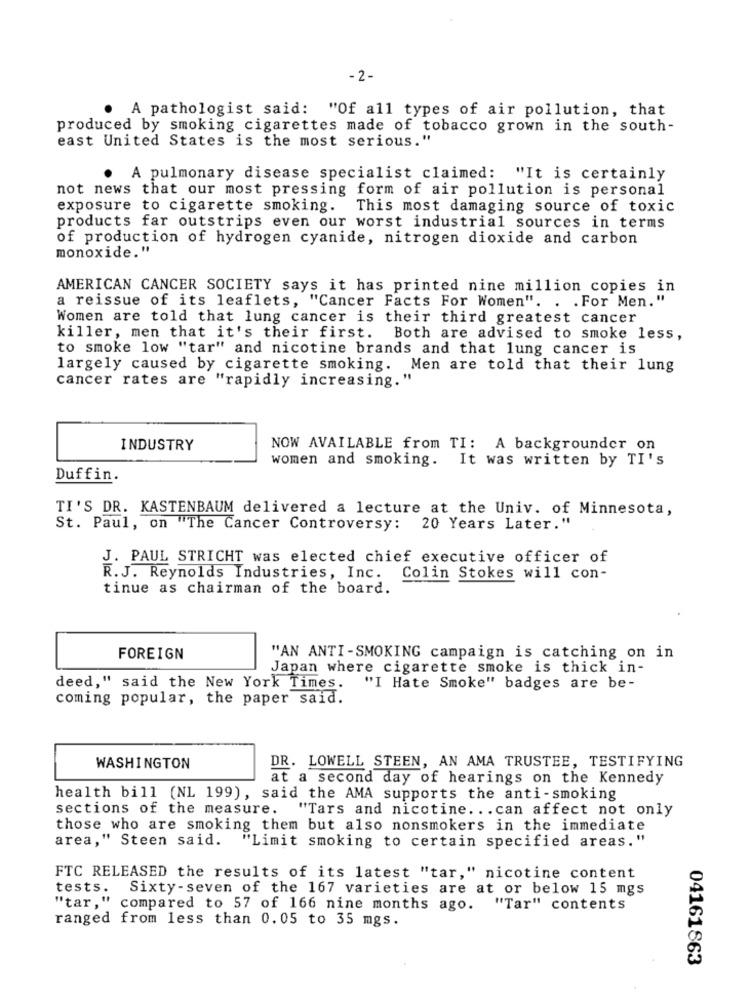
- 2 -
A pathologist said: "Of all types of air pollution, that
produced by smoking cigarettes made of tobacco grown in the south-
east United States is the most serious."
· A pulmonary disease specialist claimed: "It is certainly
not news that our most pressing form of air pollution is personal
exposure to cigarette smoking. This most damaging source of toxic
products far outstrips even our worst industrial sources in terms
of production of hydrogen cyanide, nitrogen dioxide and carbon
monoxide."
AMERICAN CANCER SOCIETY says it has printed nine million copies in
a reissue of its leaflets, "Cancer Facts For Women". . . For Men."
Women are told that lung cancer is their third greatest cancer
killer, men that it's their first. Both are advised to smoke less,
to smoke low "tar" and nicotine brands and that lung cancer is
largely caused by cigarette smoking. Men are told that their lung
cancer rates are "rapidly increasing."
INDUSTRY
NOW AVAILABLE from TI: A backgrounder on
women and smoking. It was written by TI's
Duffin.
TI'S DR. KASTENBAUM delivered a lecture at the Univ. of Minnesota,
St. Paul, on "The Cancer Controversy: 20 Years Later."
J. PAUL STRICHT was elected chief executive officer of
R.J. Reynolds Industries, Inc. Colin Stokes will con-
tinue as chairman of the board.
FOREIGN
"AN ANTI-SMOKING campaign is catching on in
Japan where cigarette smoke is thick in-
deed," said the New York Times.
"I Hate Smoke" badges are be-
coming popular, the paper said.
WASHINGTON
DR. LOWELL STEEN, AN AMA TRUSTEE, TESTIFYING
at a second day of hearings on the Kennedy
health bill (NL 199), said the AMA supports the anti-smoking
sections of the measure.
"Tars and nicotine ... can affect not only
those who are smoking them but also nonsmokers in the immediate
area," Steen said. "Limit smoking to certain specified areas."
FTC RELEASED the results of its latest "tar," nicotine content
tests.
Sixty-seven of the 167 varieties are at or below 15 mgs
"tar," compared to 57 of 166 nine months ago. "Tar" contents
ranged from less than 0.05 to 35 mgs.
04161863